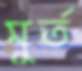
মুর্ত